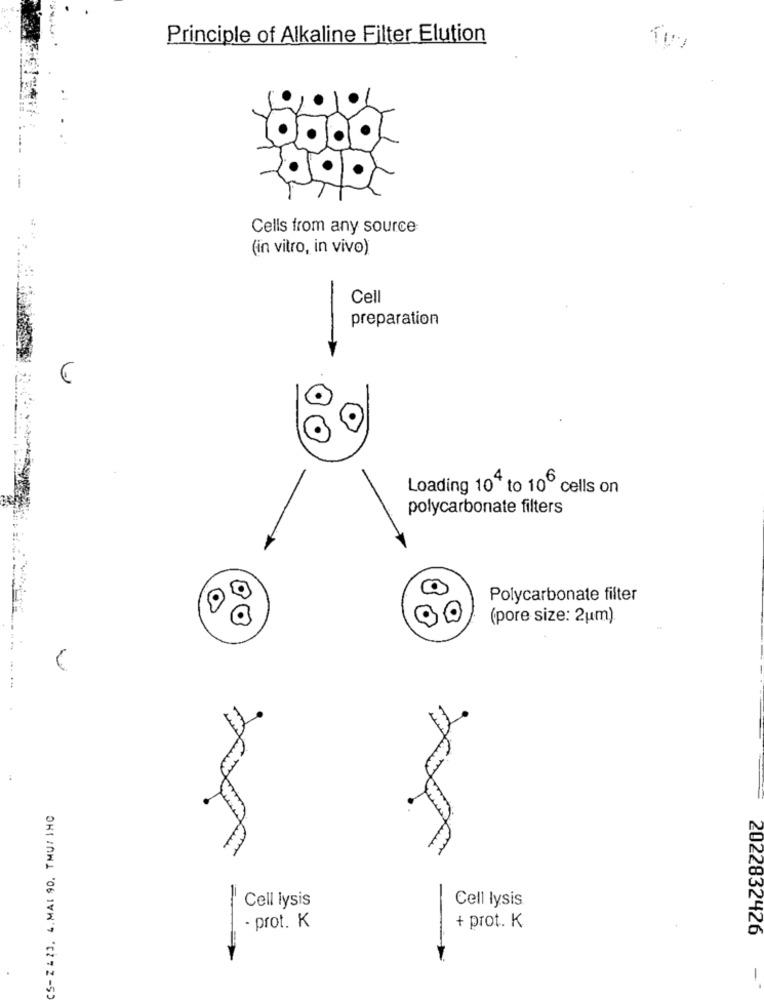
Principle of Alkaline Filter Elution
Cells from any source
(in vitro, in vivo)
Cell
preparation
Loading 10" to 10º cells on
polycarbonate filters
O
Polycarbonate filter
(pore size: 2um)
CS-ZA23. 4.MAI 90, TMUZ INC
=..
Cell lysis
Cell lysis
- prot. K
+ prot. K
2022832426
-